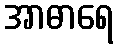
အာဓာရေ